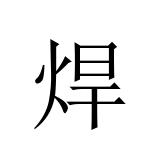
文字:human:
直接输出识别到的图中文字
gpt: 焊